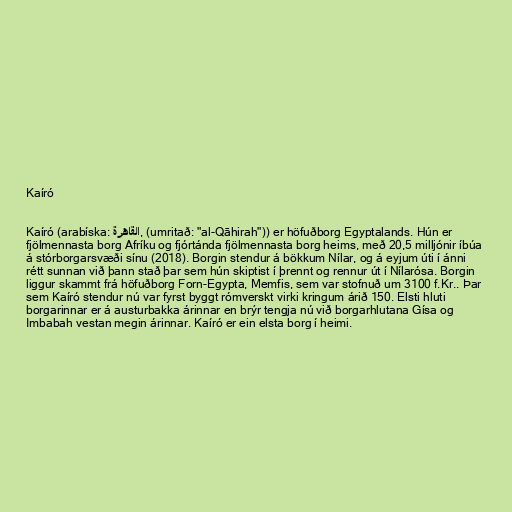
Kaíró

Kaíró (arabíska: القاهرة, (umritað: "al-Qāhirah")) er höfuðborg Egyptalands. Hún er
fjölmennasta borg Afríku og fjórtánda fjölmennasta borg heims, með 20,5 milljónir íbúa
á stórborgarsvæði sínu (2018). Borgin stendur á bökkum Nílar, og á eyjum úti í ánni
rétt sunnan við þann stað þar sem hún skiptist í þrennt og rennur út í Nílarósa. Borgin
liggur skammt frá höfuðborg Forn-Egypta, Memfis, sem var stofnuð um 3100 f.Kr.. Þar
sem Kaíró stendur nú var fyrst byggt rómverskt virki kringum árið 150. Elsti hluti
borgarinnar er á austurbakka árinnar en brýr tengja nú við borgarhlutana Gísa og
Imbabah vestan megin árinnar. Kaíró er ein elsta borg í heimi.